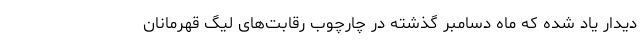
دیدار یاد شده که ماه دسامبر گذشته در چارچوب رقابت‌های لیگ قهرمانان